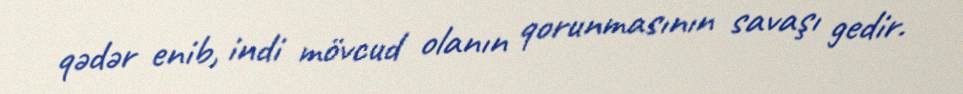
qədər enib, indi mövcud olanın qorunmasının savaşı gedir.